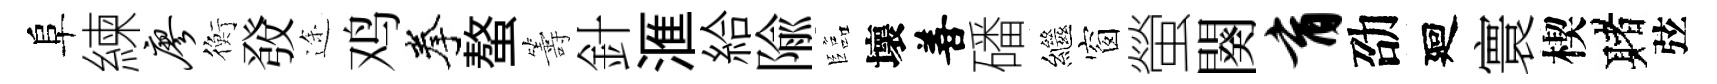
阜練廖衡𤼲途鸡拳螯籌針滙給隃臨壞善磻繼窗螢闋育劭廻寰楔赌弦